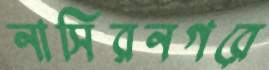
নাসিরনগরে